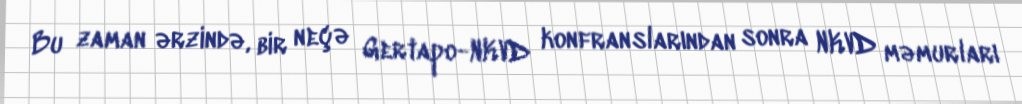
Bu zaman ərzində, bir neçə Gertapo-NKVD konfranslarından sonra NKVD məmurları